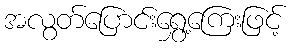
အလွတ်ပြောင်းရွှေ့ကြေးဖြင့်